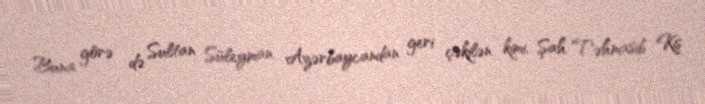
Buna görə də Sultan Süleyman Azərbaycandan geri çəkilən kimi, Şah Təhmasib Kiş